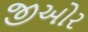
જીઓર